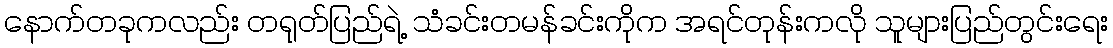
နောက်တခုကလည်း တရုတ်ပြည်ရဲ့ သံခင်းတမန်ခင်းကိုက အရင်တုန်းကလို သူများပြည်တွင်းရေး